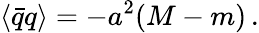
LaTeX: \langle\bar{q}q\rangle=-a^{2}(M-m)\, .